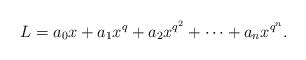
LaTeX: \begin{align*}L=a_0x+a_1x^q+a_2x^{q^2}+\cdots+a_n x^{q^n}.\end{align*}